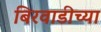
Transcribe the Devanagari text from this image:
बिरवाडीच्या